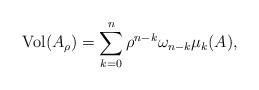
LaTeX: \begin{align*}\mathrm{Vol}(A_\rho) = \sum_{k=0}^n \rho^{n-k} \omega_{n-k} \mu_k(A),\end{align*}